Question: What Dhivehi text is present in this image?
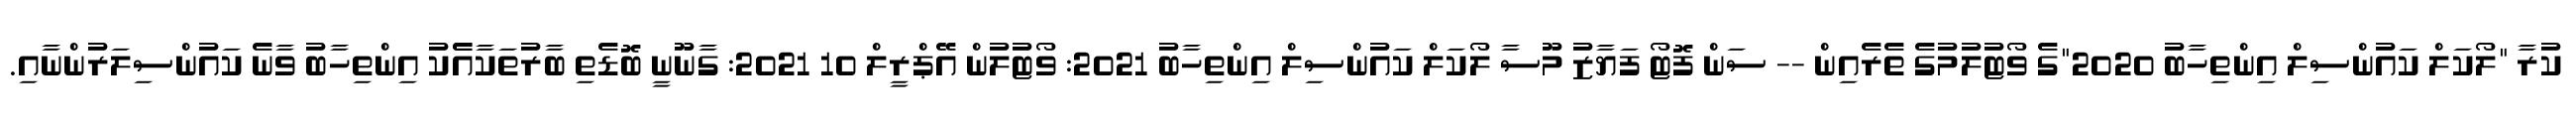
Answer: ކުރާ "ލޯކަލް ކައުންސިލް އިންތިހާބު 2020"ގެ ވޯޓުލުމުގެ ތެރެއިން -- ސަން ފޮޓޯ ފަޔާޒު މޫސާ ލޯކަލް ކައުންސިލް އިންތިހާބު 2021: ވޯޓުލުން އޭޕްރީލް 10 2021: ގާނޫނީ ބޮޑެތި ބާރުތަކާއެެކު އިންތިހާބު ވާނެ ކައުންސިލަރުންނާއި.